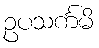
ဥပသင်္ကမိ